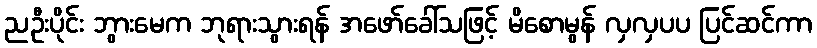
ညဦးပိုင်း ဘွားမေက ဘုရားသွားရန် အဖော်ခေါ်သဖြင့် မိစောမွန် လှလှပပ ပြင်ဆင်ကာ